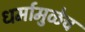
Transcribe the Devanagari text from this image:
धर्मामुळेच